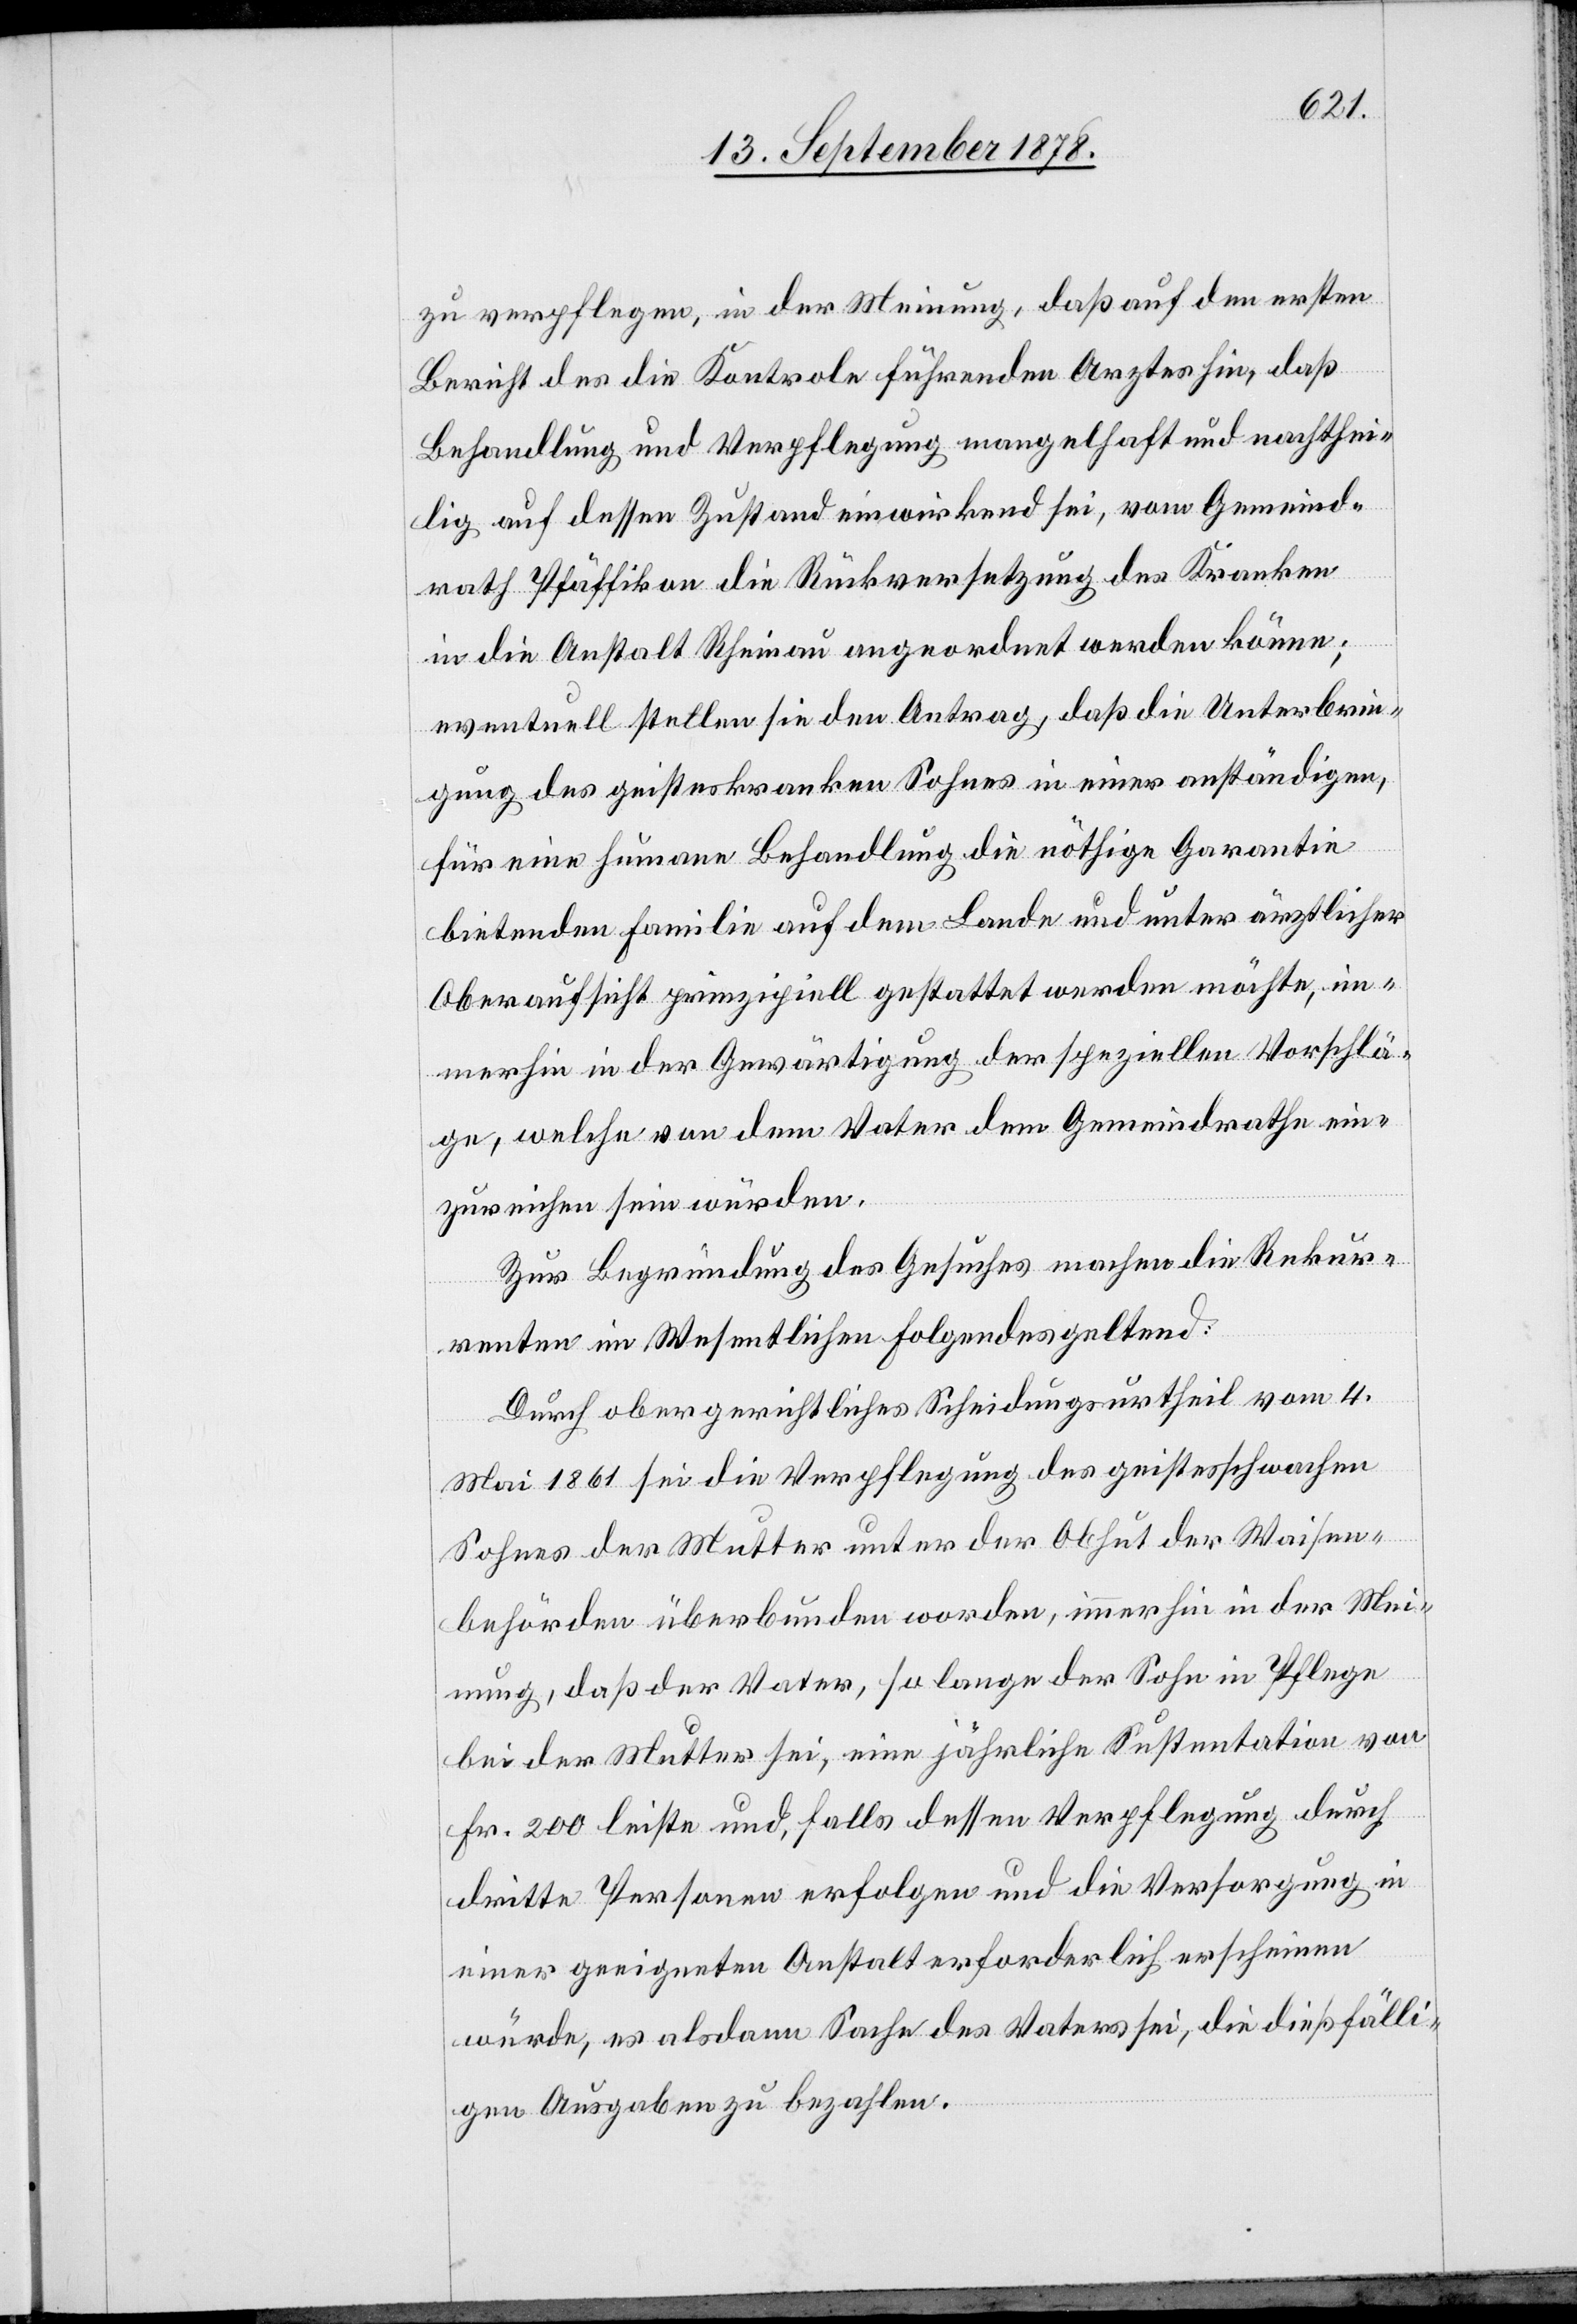
zu verpflegen, in der Meinung, daß auf den ersten
Bericht des die Kontrole führenden Arztes hin, daß
Behandlung und Verpflegung mangelhaft und nachthei¬
lig auf dessen Zustand einwirkend sei, vom Gemeind¬
rath Pfäffikon die Rückversetzung des Kranken
in die Anstalt Rheinau angeordnet werden könne;
eventuell stellen sie den Antrag, daß die Unterbrin¬
gung des geisteskranken Sohnes in einer anständigen,
für eine humane Behandlung die nöthige Garantie
bietenden Familie auf dem Lande und unter ärztlicher
Oberaufsicht prinzipiell gestattet werden möchte, im¬
merhin in der Gewärtigung der speziellen Vorschlä¬
ge, welche von dem Vater dem Gemeindrathe ein¬
zureichen sein würden.
Zur Begründung des Gesuches machen die Rekur¬
renten im Wesentlichen Folgendes geltend:
Durch obergerichtliches Scheidungsurtheil vom 4.
Mai 1861 sei die Verpflegung des geistesschwachen
Sohnes der Mutter unter der Obhut der Waisen¬
behörden überbunden worden, immerhin in der Mei¬
nung, daß der Vater, so lange der Sohn in Pflege
bei der Mutter sei, eine jährliche Sustentation von
Fr. 200 leiste und, falls dessen Verpflegung durch
dritte Personen erfolgen und die Versorgung in
einer geeigneten Anstalt erforderlich erscheinen
würde, es alsdann Sache des Vaters sei, die dießfälli¬
gen Ausgaben zu bezahlen.